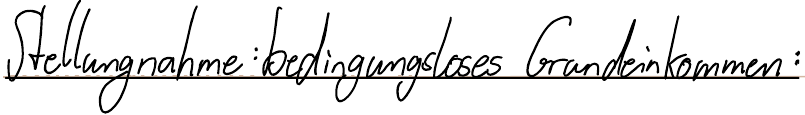
Stellungnahme: bedingungsloses Grundeinkommen: